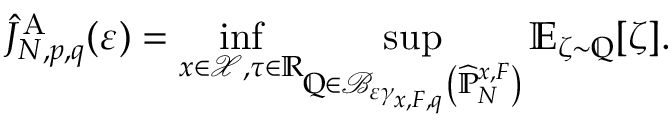
\widehat { J } _ { N , p , q } ^ { \mathrm { A } } ( \varepsilon ) = { \displaystyle \operatorname* { i n f } _ { x \in \mathcal { X } , \tau \in \mathbb { R } } } { \displaystyle \operatorname* { s u p } _ { \mathbb { Q } \in \mathcal { B } _ { \varepsilon \gamma _ { x , F , q } } \left( \widehat { \mathbb { P } } _ { N } ^ { x , F } \right) } \mathbb { E } _ { \zeta \sim \mathbb { Q } } [ \zeta ] } .